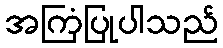
အကြံပြုပါသည်